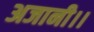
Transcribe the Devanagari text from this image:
अजानी।।